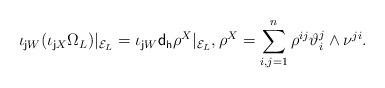
LaTeX: \begin{align*}\iota_{{\sf j}W}(\iota_{{\sf j}X}\Omega_L)\vert_{{\cal E}_L}=\iota_{{\sf j}W}{\sf d_h}\rho^X\vert_{{\cal E}_L},\rho^X=\sum_{i,j=1}^n\rho^{ij}\vartheta^j_i\wedge \nu^{ji}.\end{align*}